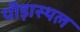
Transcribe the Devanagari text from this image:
पीड़ास्थल